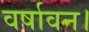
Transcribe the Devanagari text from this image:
वर्षावन।